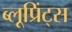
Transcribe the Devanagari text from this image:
ब्लूप्रिंट्स